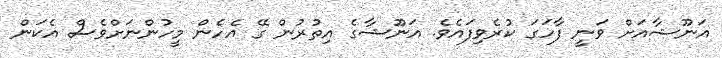
އަނޫޝާއަށް ވަނީ ފާހަގަ ކުރެވިފައެވެ. އަނޫޝާގެ އިތުރުން ގޭ އެހެން މީހުންނަށްވެސް އެކަން